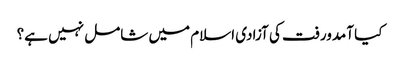
کیا آمدورفت کی آزادی اسلام میں شامل نہیں ہے؟